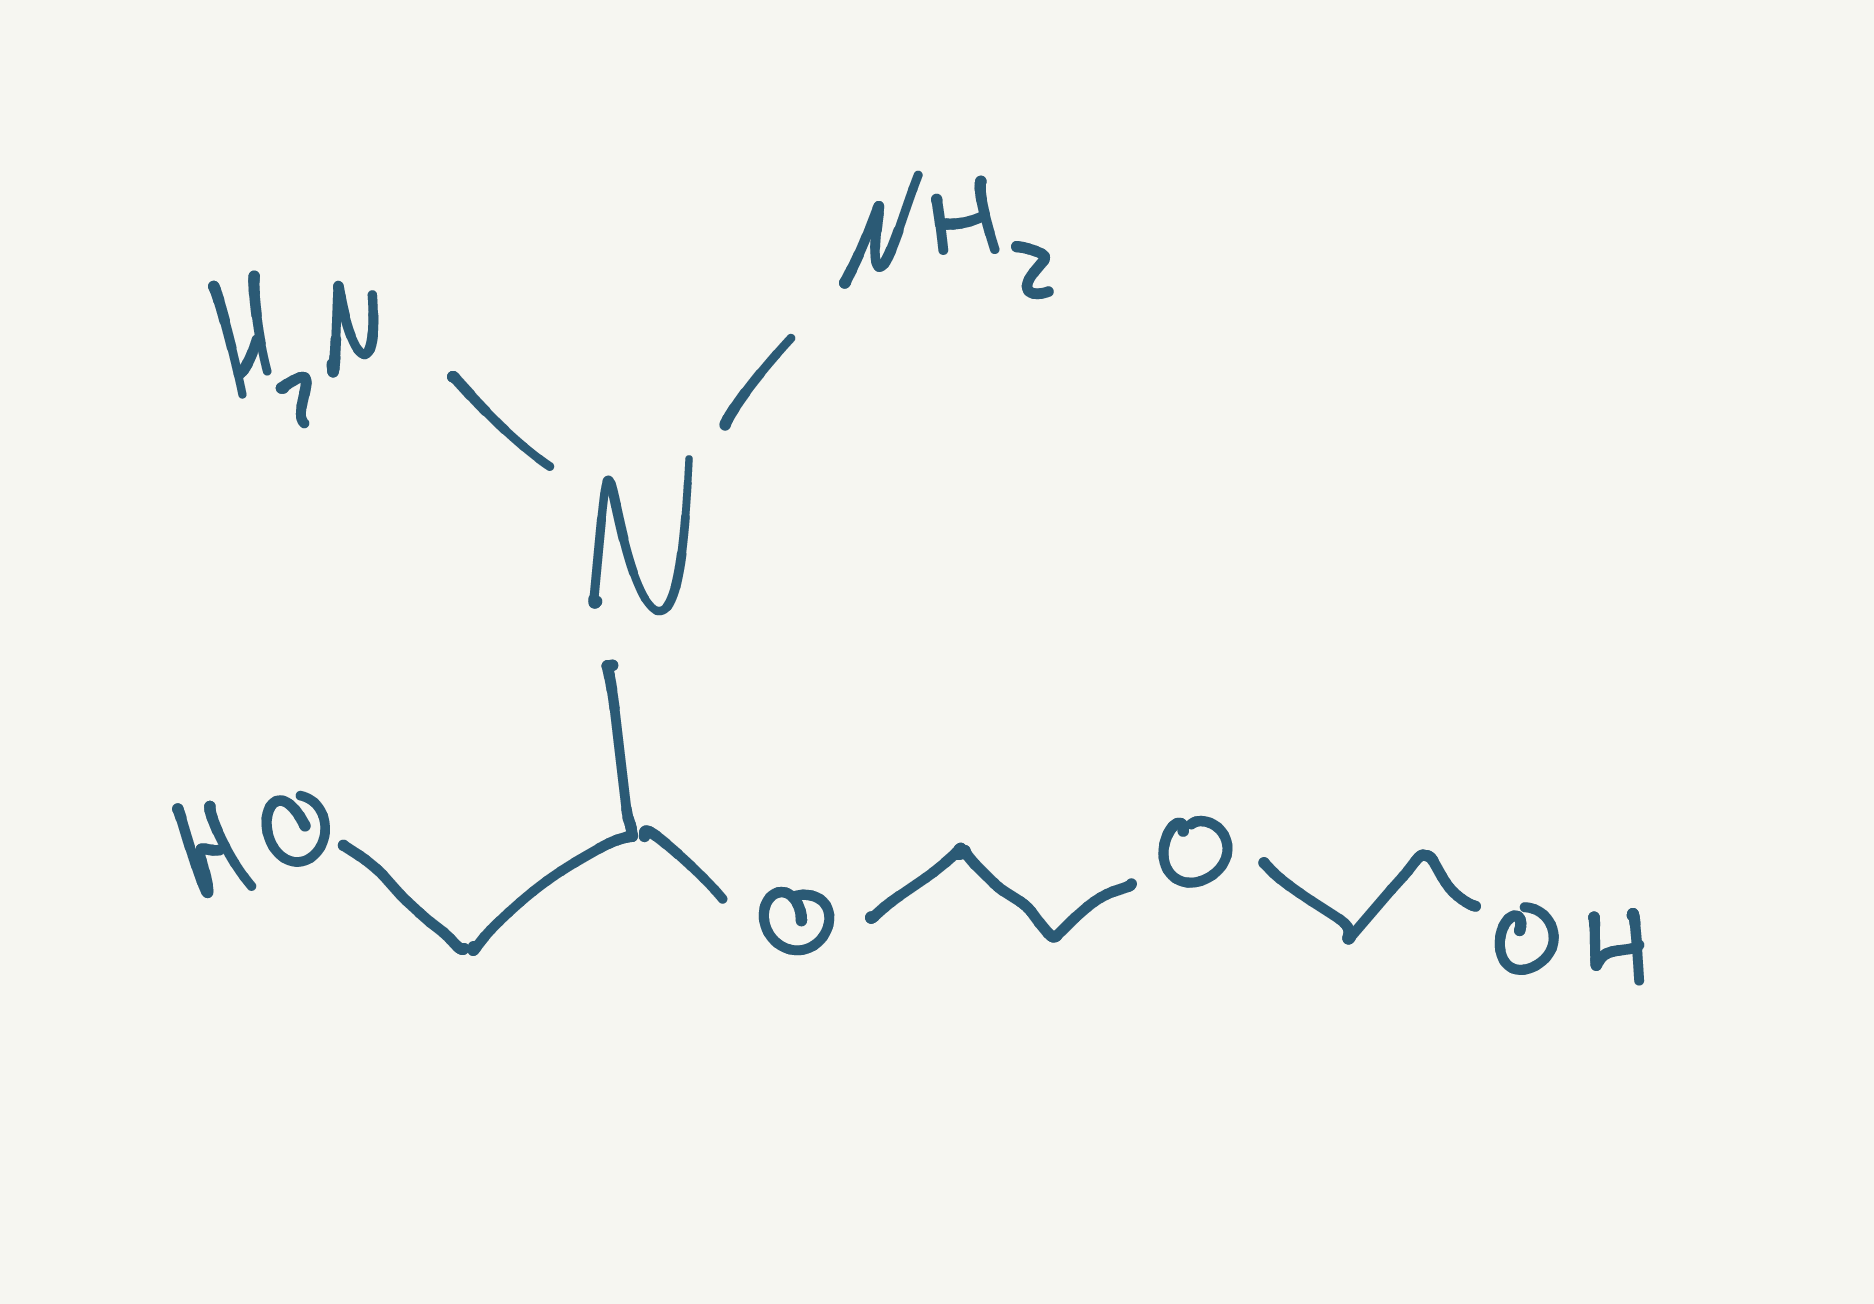
Simplified molecular-input line-entry system (SMILES) notation of the given molecule:
C(COCCOC(CO)N(N)N)O